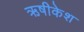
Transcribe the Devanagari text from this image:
ऋषीकेश